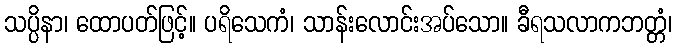
သပ္ပိနာ၊ ထောပတ်ဖြင့်။ ပရိသေကံ၊ သာန်းလောင်းအပ်သော။ ခီရသလာကဘတ္တံ၊